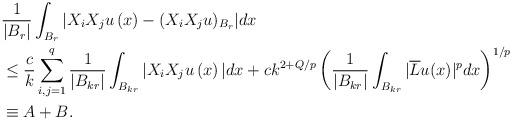
LaTeX: \begin{align*}& \frac{1}{|B_{r}|}\int_{B_{r}}|X_{i}X_{j}u\left( x\right) -(X_{i}X_{j}u)_{B_{r}}|dx\\& \leq\frac{c}{k}\sum_{i,j=1}^{q}\frac{1}{|B_{kr}|}\int_{B_{kr}}|X_{i}X_{j}u\left( x\right) |dx+ck^{2+Q/p}\left( \frac{1}{|B_{kr}|}\int_{B_{kr}}|\overline{L}u(x)|^{p}dx\right) ^{1/p}\ \\& \equiv A+B. \end{align*}